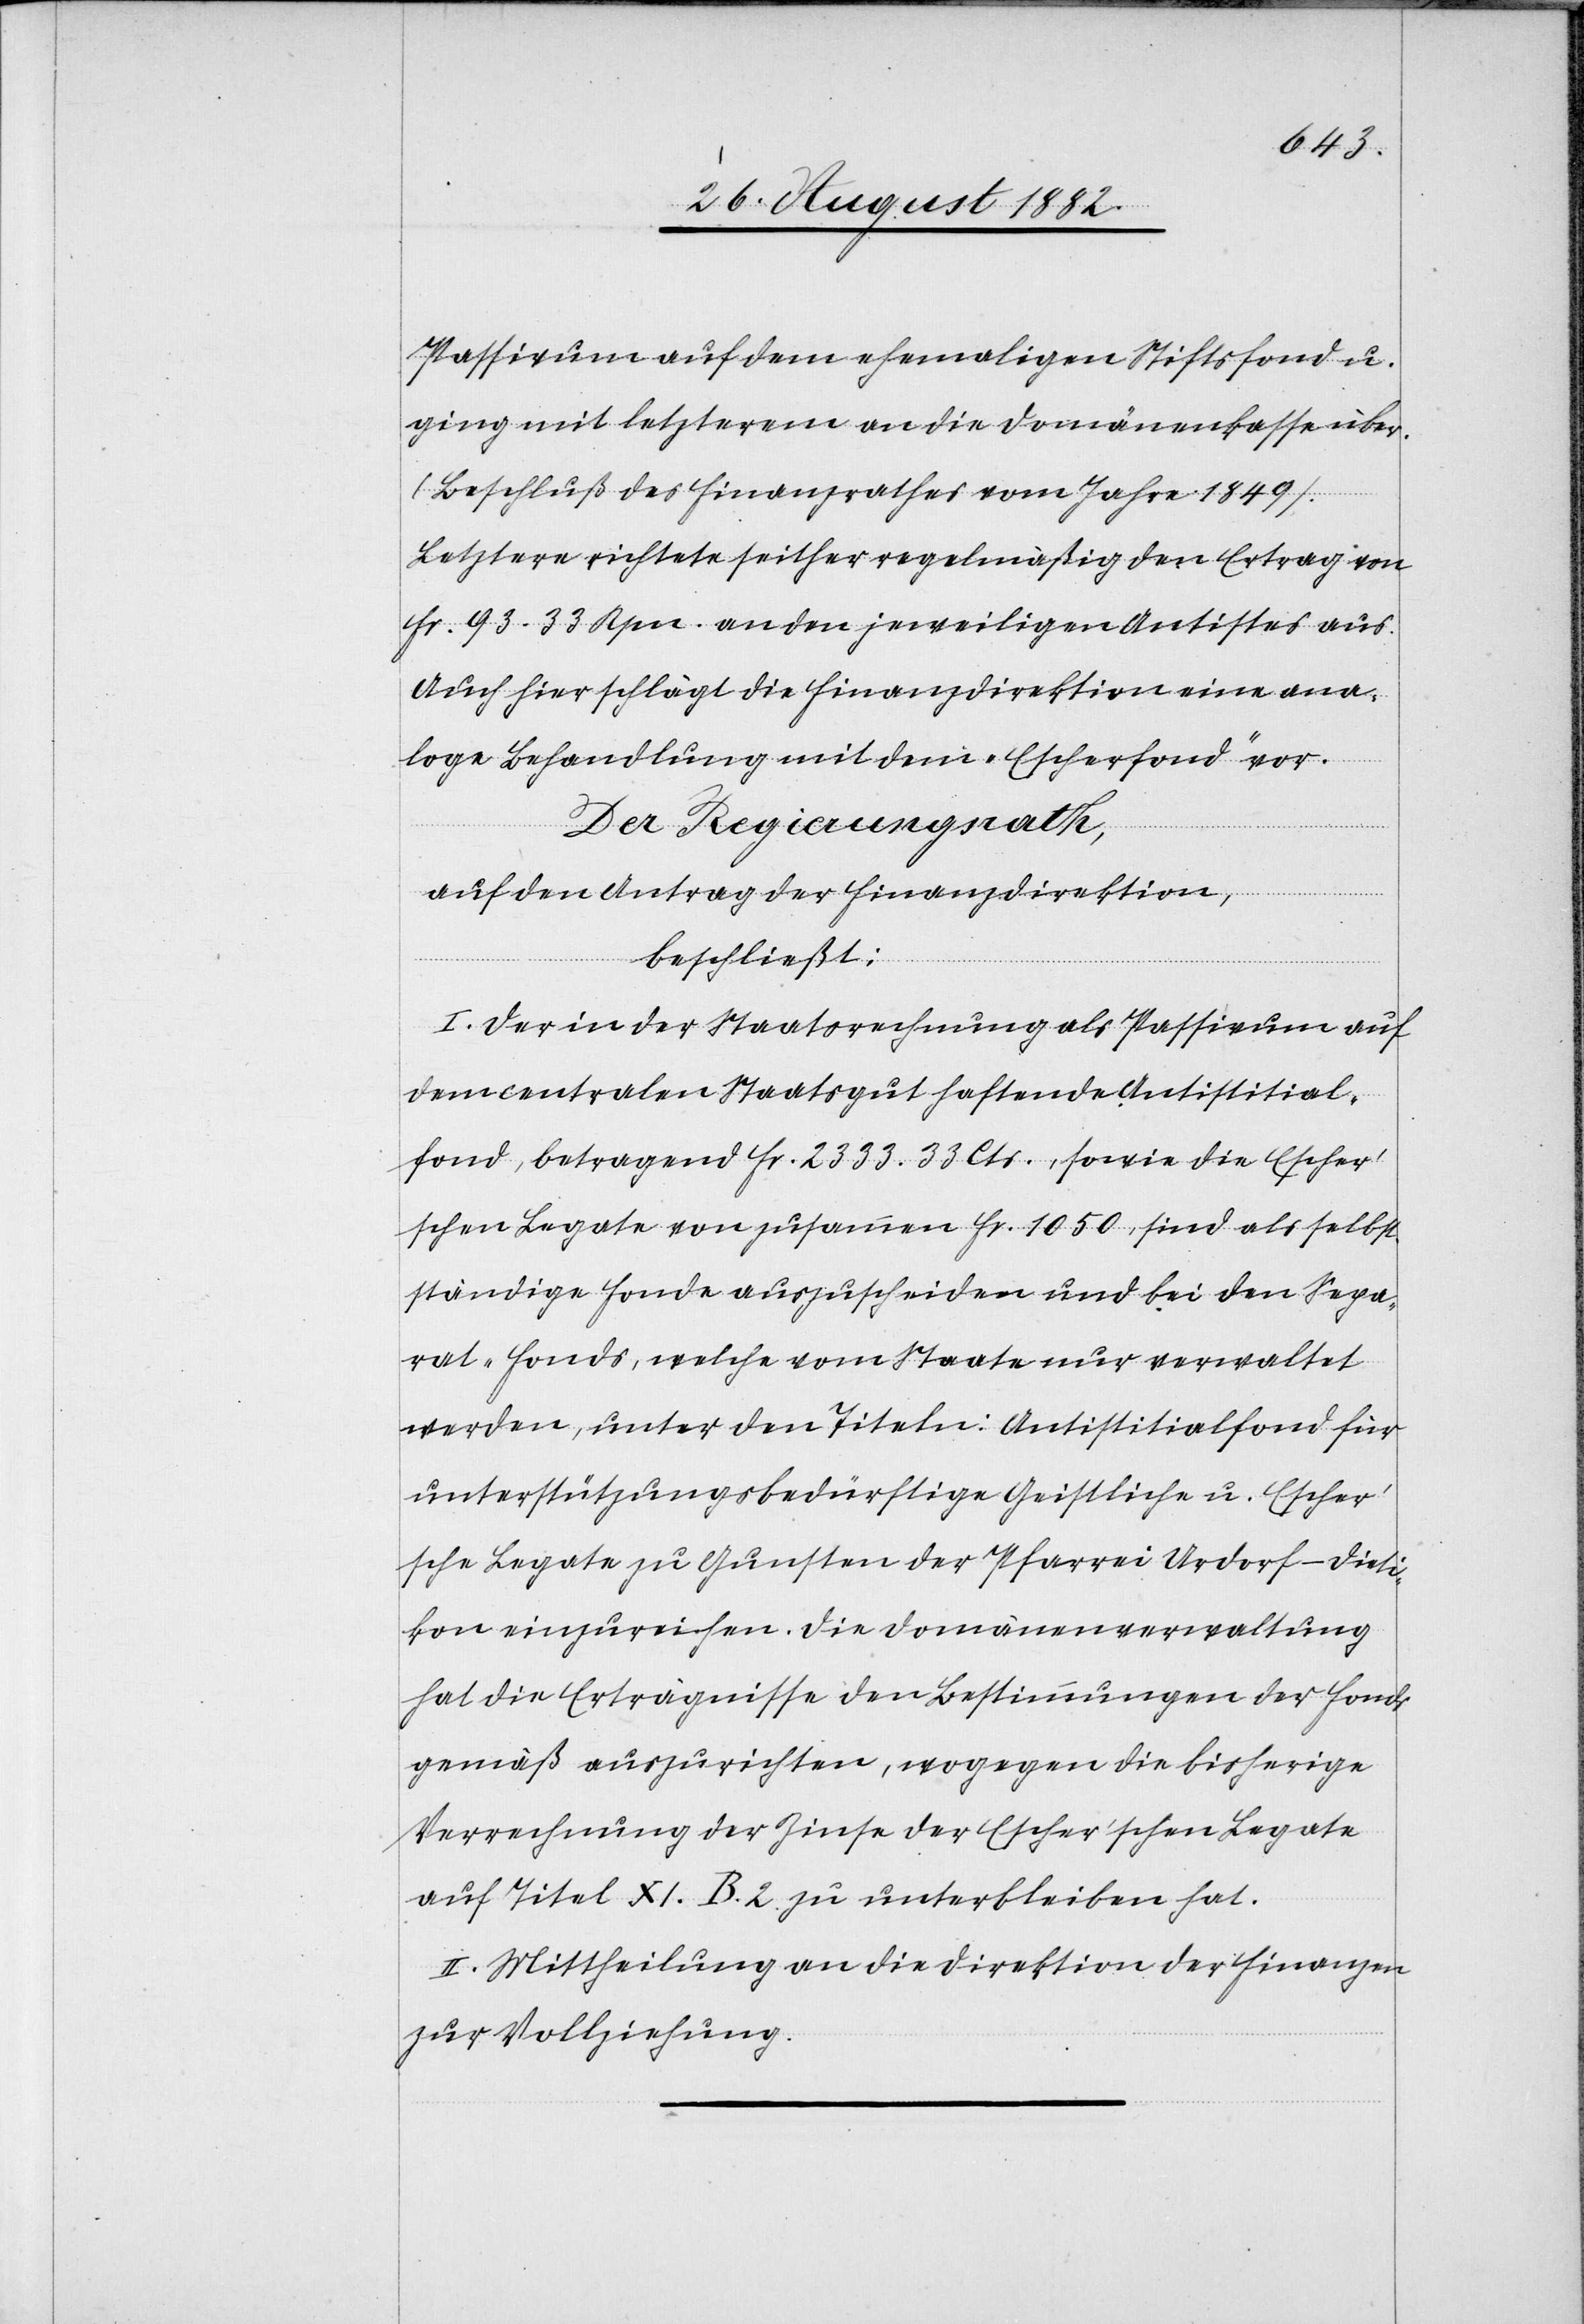
Passivum auf dem ehemaligen Stiftsfond u.
ging mit letzterem an die Domänenkasse über.
(Beschluß des Finanzrathes vom Jahre 1849).
Letztere richtete seither regelmäßig den Ertrag von
Fr. 93. 33 Rpn. an den jeweiligen Antistes aus.
Auch hier schlägt die Finanzdirektion eine ana¬
loge Behandlung mit dem „Escherfond“ vor.
Der Regierungsrath,
auf den Antrag der Finanzdirektion,
beschließt:
I. Der in der Staatsrechnung als Passivum auf
dem centralen Staatsgut haftende Antistisial¬
fond, betragend Fr. 2333. 33 Cts., sowie die Escher’s¬
chen Legate von zusammen Fr. 1050, sind als selbst¬
ständige Fonde auszuscheiden und bei den Sepa¬
rat-Fonds, welche vom Staate nur verwaltet
werden, unter den Titeln: Antistisialfond für
unterstützungsbedürftige Geistliche u. Esche¬
r’sche Legate zu Gunsten der Pfarrei Urdorf-Dieti¬
kon einzureihen. Die Domänenverwaltung
hat die Erträgnisse den Bestimmungen der Fonds
gemäß auszurichten, wogegen die bisherige
Verrechnung der Zinse der Escher’schen Legate
auf Titel XI. B. 2. zu unterbleiben hat.
II. Mittheilung an die Direktion der Finanzen
zur Vollziehung.